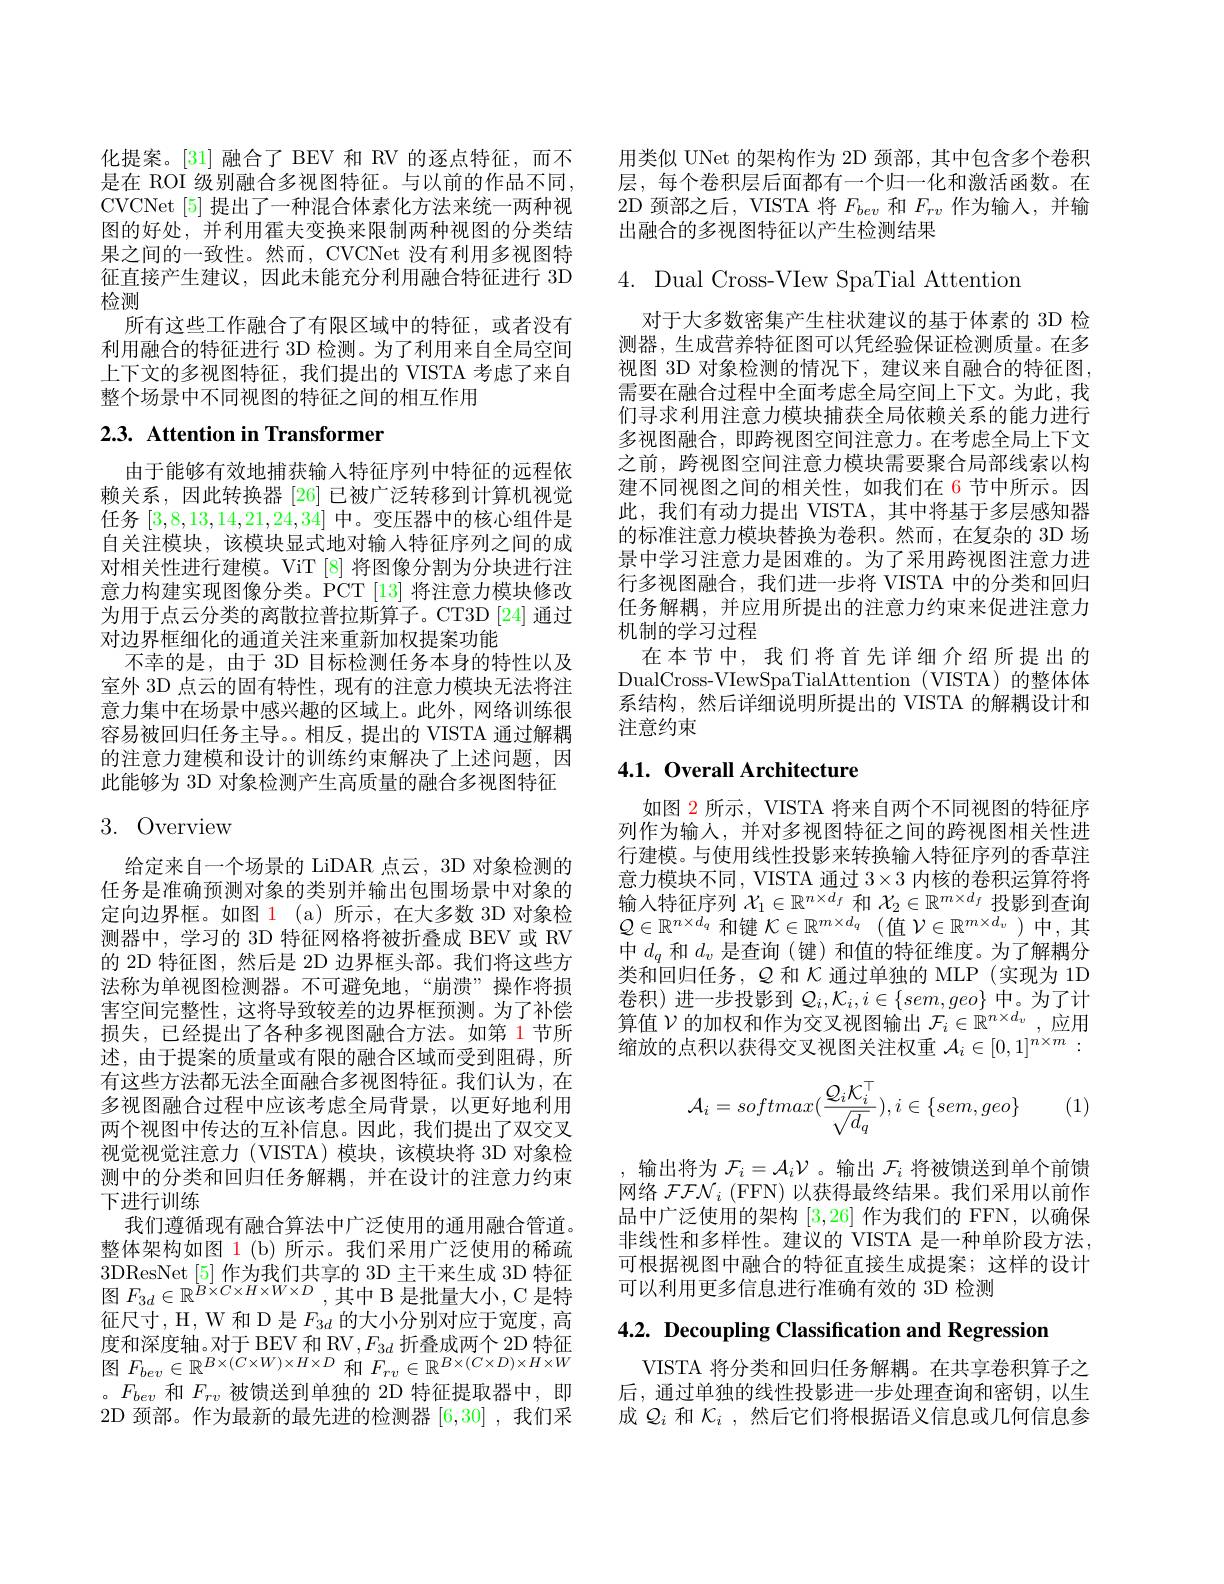
化提案。[31] 融合了 BEV 和 RV 的逐点特征，而不是在 ROI 级别融合多视图特征。与以前的作品不同， CVCNet[5] 提出了一种混合体素化方法来统一两种视图的好处，并利用霍夫变换来限制两种视图的分类结果之间的一致性。然而，CVCNet 没有利用多视图特征直接产生建议，因此未能充分利用融合特征进行 3D 检测
所有这些工作融合了有限区域中的特征，或者没有利用融合的特征进行 3D 检测。为了利用来自全局空间上下文的多视图特征，我们提出的 VISTA 考虑了来自整个场景中不同视图的特征之间的相互作用

# 2.3. Attention in Transformer

由于能够有效地捕获输入特征序列中特征的远程依赖关系，因此转换器[26] 已被广泛转移到计算机视觉任务[3,8,13,14,21,24,34]中。变压器中的核心组件是自关注模块，该模块显式地对输入特征序列之间的成对相关性进行建模。ViT [8] 将图像分割为分块进行注意力构建实现图像分类。PCT [13] 将注意力模块修改为用于点云分类的离散拉普拉斯算子。CT3D[24] 通过对边界框细化的通道关注来重新加权提案功能
不幸的是，由于 3D 目标检测任务本身的特性以及室外 3D 点云的固有特性，现有的注意力模块无法将注意力集中在场景中感兴趣的区域上。此外，网络训练很容易被回归任务主导。。相反，提出的 VISTA 通过解耦的注意力建模和设计的训练约束解决了上述问题，因此能够为 3D 对象检测产生高质量的融合多视图特征

# 3.Overview

给定来自一个场景的 LiDAR 点云，3D 对象检测的任务是准确预测对象的类别并输出包围场景中对象的定向边界框。如图 1 (a) 所示，在大多数 3D 对象检测器中，学习的 3D 特征网格将被折叠成 BEV 或 RV 的 2D 特征图，然后是 2D 边界框头部。我们将这些方法称为单视图检测器。不可避免地，“崩溃”操作将损害空间完整性，这将导致较差的边界框预测。为了补偿损失，已经提出了各种多视图融合方法。如第 1节所述，由于提案的质量或有限的融合区域而受到阻碍，所有这些方法都无法全面融合多视图特征。我们认为，在多视图融合过程中应该考虑全局背景，以更好地利用两个视图中传达的互补信息。因此，我们提出了双交叉视觉视觉注意力(VISTA)模块，该模块将 3D 对象检测中的分类和回归任务解耦，并在设计的注意力约束下进行训练
我们遵循现有融合算法中广泛使用的通用融合管道。整体架构如图 1(b) 所示。我们采用广泛使用的稀疏3DResNet[5]作为我们共享的 3D 主干来生成 3D 特征图$F_{3d}\in\mathbb{R}^{\breve{B}\times C\times H\times W\times D}$,其中 B 是批量大小，C 是特征尺寸，H, W 和 D 是$F_{3d}$的大小分别对应于宽度，高度和深度轴。对于 BEV 和 RV $,F_{3d}$折叠成两个 2D 特征图$F_{bev}\in\mathbb{R}^{B\times(C\times W)\times H\times D}$和$F_rv\in\mathbb{R}^{B\times(C\times D)\times H\times W}$ 。$F_{bev}$和$F_{rv}$被馈送到单独的 2D 特征提取器中，即2D 颈部。作为最新的最先进的检测器[6,30] ,我们采

用类似 UNet 的架构作为 2D 颈部，其中包含多个卷积层，每个卷积层后面都有一个归一化和激活函数。在2D 颈部之后，VISTA 将$F_{bev}$和$F_{rv}$作为输入，并输出融合的多视图特征以产生检测结果

$4.{\mathrm{~Dual~Cross-VIew~SpaTial~Attention}}$

对于大多数密集产生柱状建议的基于体素的 3D 检测器，生成营养特征图可以凭经验保证检测质量。在多视图 3D 对象检测的情况下，建议来自融合的特征图， 需要在融合过程中全面考虑全局空间上下文。为此，我们寻求利用注意力模块捕获全局依赖关系的能力进行多视图融合，即跨视图空间注意力。在考虑全局上下文之前，跨视图空间注意力模块需要聚合局部线索以构建不同视图之间的相关性，如我们在 6 节中所示。因此，我们有动力提出 VISTA, 其中将基于多层感知器的标准注意力模块替换为卷积。然而，在复杂的 3D 场景中学习注意力是困难的。为了采用跨视图注意力进行多视图融合，我们进一步将 VISTA 中的分类和回归任务解耦，并应用所提出的注意力约束来促进注意力机制的学习过程
在本节中，我们将首先详细介绍所提出的DualCross-VIewSpaTialAttention (VISTA) 的整体体系结构，然后详细说明所提出的 VISTA 的解耦设计和注意约束

## 4.1. Overall Architecture

如图 2 所示 , VISTA 将来自两个不同视图的特征序列作为输人，并对多视图特征之间的跨视图相关性进行建模。与使用线性投影来转换输入特征序列的香草注意力模块不同，VISTA 通过$3\times3$内核的卷积运算符将$\begin{array}{l}\text{输入特征序列 }\mathcal{X}_1\in\mathbb{R}^{n\times d_f}\text{ 和 }\mathcal{X}_2\in\mathbb{R}^{m\times d_f}\text{ 投影到查询}\\{\mathcal{Q}\in\mathbb{R}^{n\times d_q}\text{ 和键 }\mathcal{K}\in\mathbb{R}^{m\times d_q}(\text{值 }\mathcal{V}\in\mathbb{R}^{m\times d_v})\text{ 中},\text{其}\end{array}}$ 中$d_q$和$d_v$是查询 (键)和值的特征维度。为了解耦分类和回归任务，$Q$和$\mathcal{K}$通过单独的 MLP(实现为 1D 卷积)进一步投影到$\mathcal{Q}_i,\mathcal{K}_i,i\in\{sem,geo\}$中。为了计算值$\mathcal{V}$的加权和作为交叉视图输出$\mathcal{F}_i\in\mathbb{R}^{n\times d_v}$,应用缩放的点积以获得交叉视图关注权重$\mathcal{A}_i\in[0,1]^{n\times m}:$
$$\mathcal{A}_{i}=softmax(\frac{\mathcal{Q}_{i}\mathcal{K}_{i}^{\top}}{\sqrt{d_{q}}}),i\in\{sem,geo\}$$
(1)

,输出将为$\mathcal{F}_i=\mathcal{A}_i\mathcal{V}$ 。输出$\mathcal{F}_i$将被馈送到单个前馈网络 $\mathcal{FFN}_i\left(\mathrm{FFN}\right)$以获得最终结果。我们采用以前作品中广泛使用的架构[3,26]作为我们的 FFN,以确保非线性和多样性。建议的 VISTA 是一种单阶段方法可根据视图中融合的特征直接生成提案；这样的设计可以利用更多信息进行准确有效的 3D 检测

4.2. Decoupling Classification and Regression

VISTA 将分类和回归任务解耦。在共享卷积算子之后，通过单独的线性投影进一步处理查询和密钥，以生成$Q_i$和$\mathcal{K}_i$ ,然后它们将根据语义信息或几何信息参